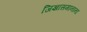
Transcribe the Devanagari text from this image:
जिज्ञासमानानां